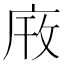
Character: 𫷫